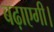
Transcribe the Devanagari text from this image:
बढ़ाएगी।